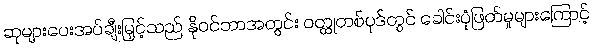
ဆုများပေးအပ်ချီးမြှင့်သည် နိုဝင်ဘာအတွင်း ဝတ္ထုတစ်ပုဒ်တွင် ခေါင်းပုံဖြတ်မှုများကြောင့်